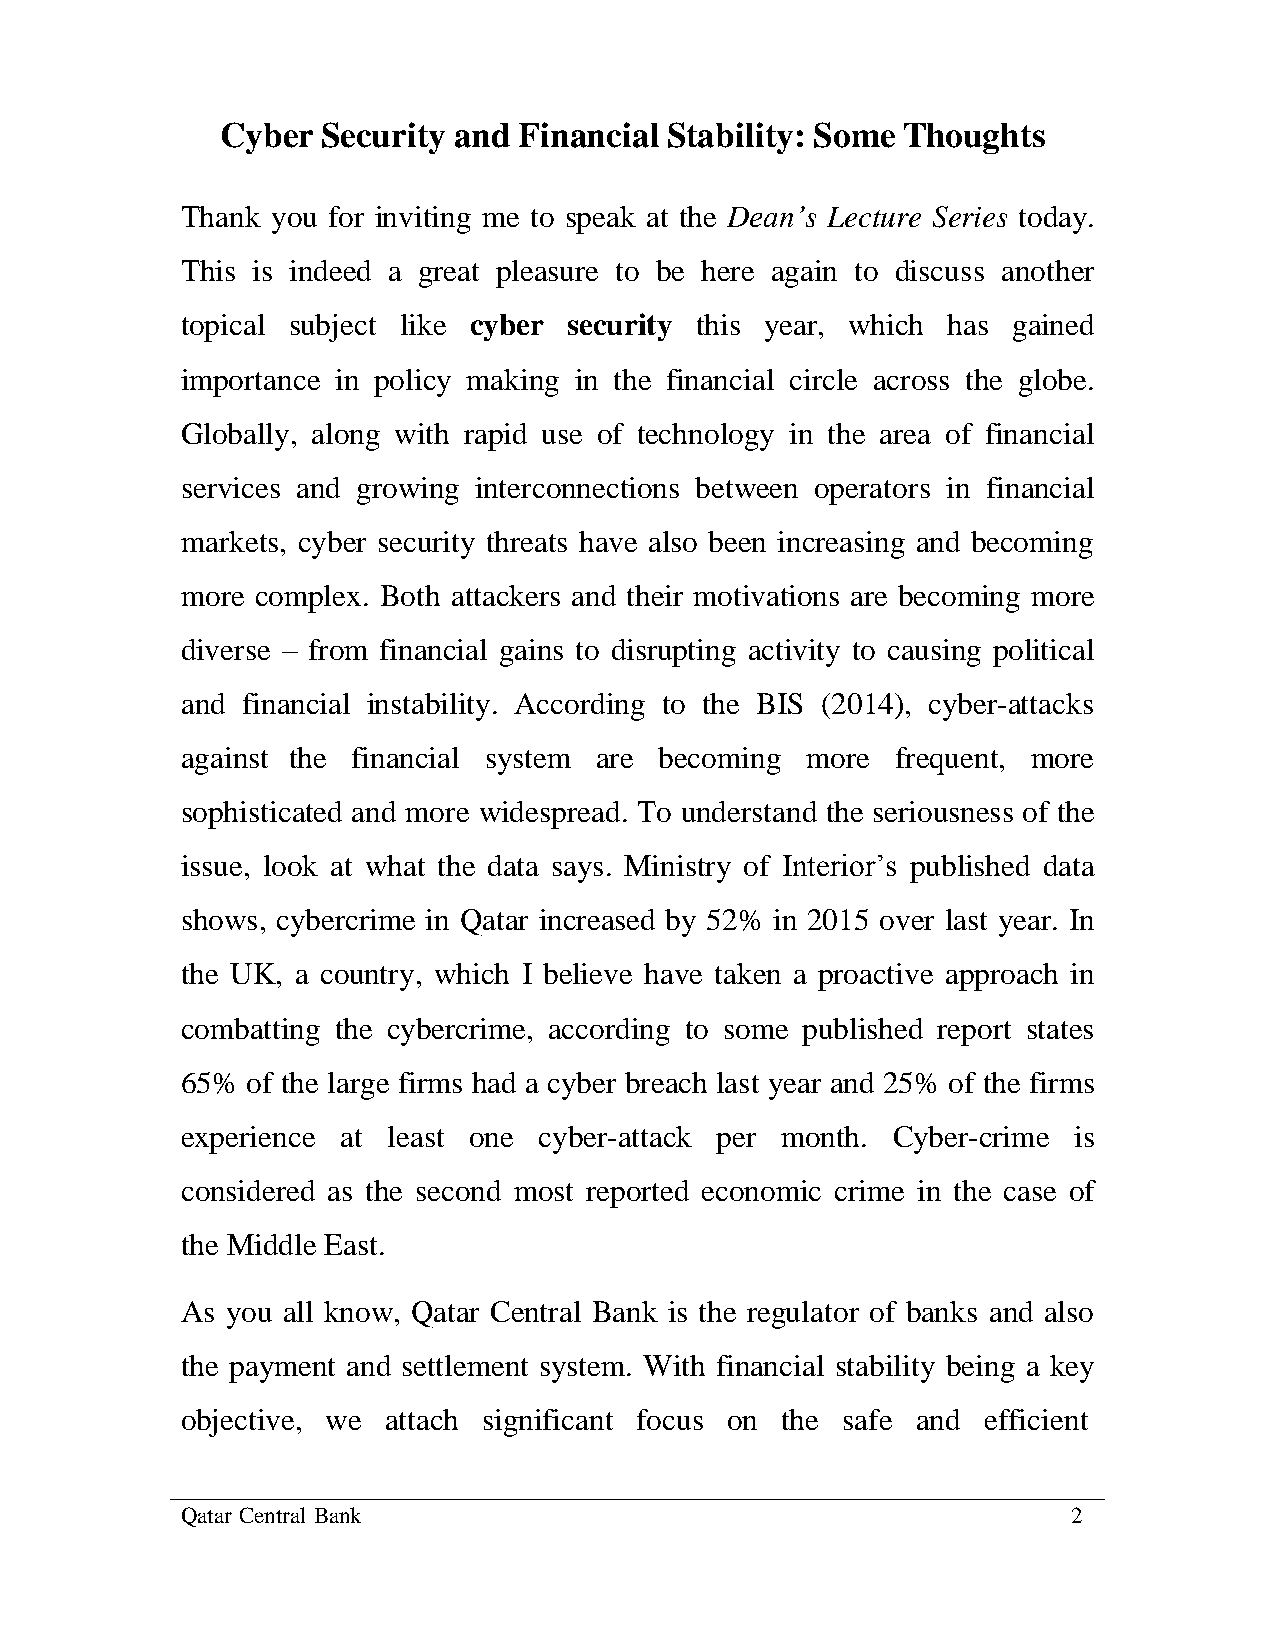
Cyber Security and Financial Stability: Some Thoughts
 Thank you for inviting me to speak at the Dean’s Lecture Series today.
 This is indeed a great pleasure to be here again to discuss another
 topical subject like cyber security this year, which has gained
 importance in policy making in the financial circle across the globe.
 Globally, along with rapid use of technology in the area of financial
 services and growing interconnections between operators in financial
 markets, cyber security threats have also been increasing and becoming
 more complex. Both attackers and their motivations are becoming more
 diverse – from financial gains to disrupting activity to causing political
 and financial instability. According to the BIS (2014), cyber-attacks
 against the financial system are becoming more frequent, more
 sophisticated and more widespread. To understand the seriousness of the
 issue, look at what the data says. Ministry of Interior’s published data
 shows, cybercrime in Qatar increased by 52% in 2015 over last year. In
 the UK, a country, which I believe have taken a proactive approach in
 combatting the cybercrime, according to some published report states
 65% of the large firms had a cyber breach last year and 25% of the firms
 experience at least one cyber-attack per month. Cyber-crime is
 considered as the second most reported economic crime in the case of
 the Middle East.
 As you all know, Qatar Central Bank is the regulator of banks and also
 the payment and settlement system. With financial stability being a key
 objective, we attach significant focus on the safe and efficient
 Qatar Central Bank                                         2